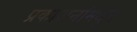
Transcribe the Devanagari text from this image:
प्रकाशनांमधून